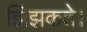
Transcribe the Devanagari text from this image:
झिझकते।